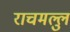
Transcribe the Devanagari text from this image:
राचमल्लु